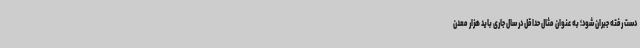
دست رفته جبران شود؛ به عنوان مثال حداقل در سال جاری باید هزار معدن